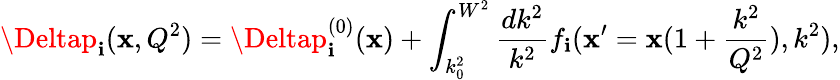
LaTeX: \Deltap_{\mathbf{i}}(\mathbf{x},Q^{2})=\Deltap_{\mathbf{i}}^{(0)}(\mathbf{x})+\int_{k_{0}^{2}}^{W^{2}}{\frac{{dk^{2}}}{{k^{2}}}}f_{\mathbf{i}}(\mathbf{x}^{\prime}=\mathbf{x}(1+{\frac{{k^{2}}}{{Q^{2}}}}),k^{2}),